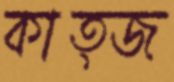
কাত্জ